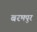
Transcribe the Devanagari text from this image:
बरमपुर